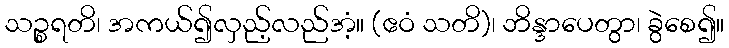
သဉ္စရတိ၊ အကယ်၍လှည့်လည်အံ့။ (ဧဝံ သတိ)၊ ဘိန္ဒာပေတွာ၊ ခွဲစေ၍။